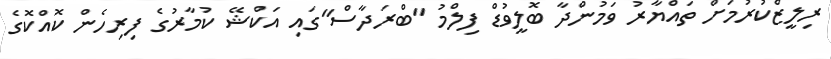
ރިލީޒްކުރުމަށް ތައްޔާރު ވަމުންދާ ބޮލީވުޑް ފިލްމު "ބްރަދާސް"ގައި އަކްޝޭ ކުމާރުގެ ފިރިހެން ކޮއްކޮގެ